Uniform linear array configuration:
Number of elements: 24
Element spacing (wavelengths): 0.25
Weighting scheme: cosine
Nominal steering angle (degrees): -30
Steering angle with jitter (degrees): -31.71
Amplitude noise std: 0.05
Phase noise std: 0.05

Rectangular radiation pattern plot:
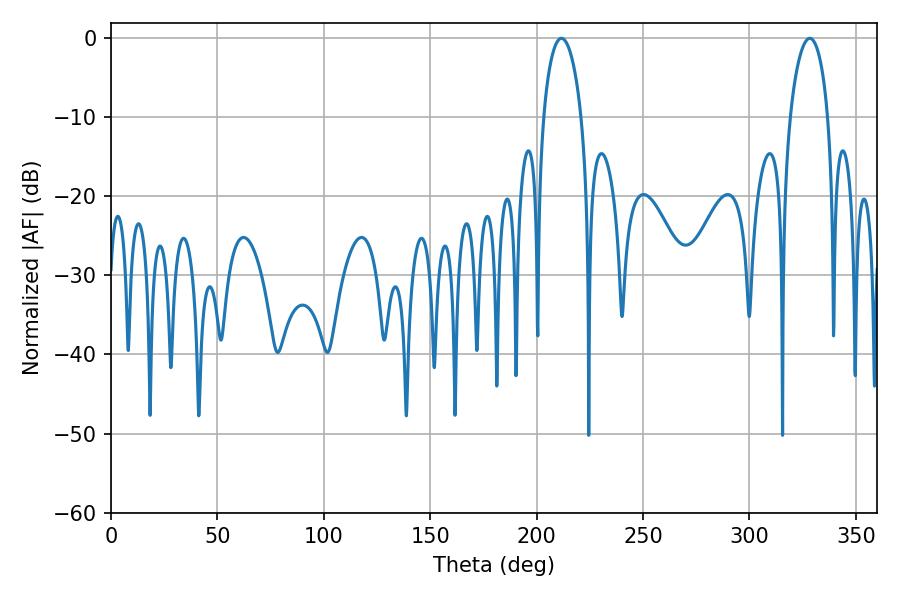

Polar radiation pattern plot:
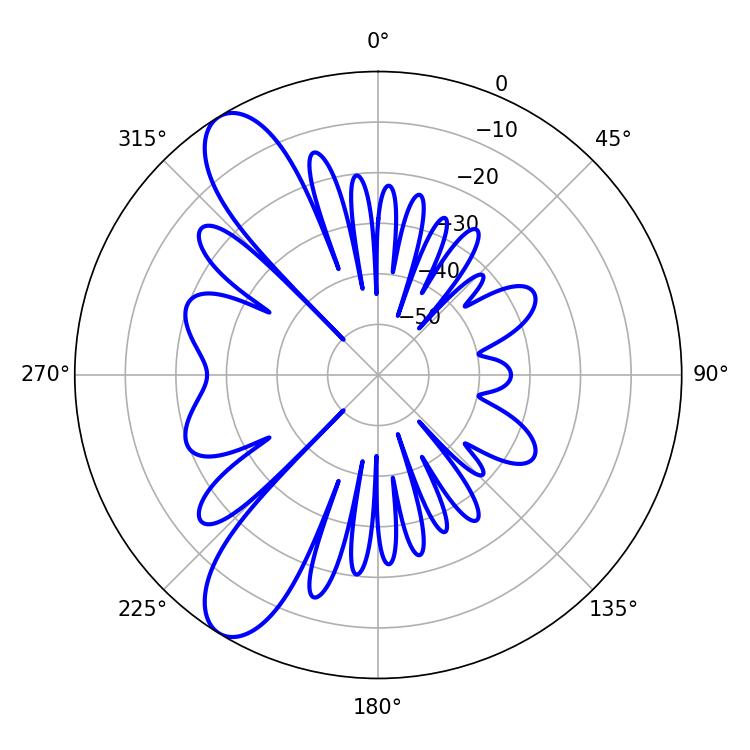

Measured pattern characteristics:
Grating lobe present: FALSE
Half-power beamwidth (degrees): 10.26
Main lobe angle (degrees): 211.68